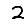
Digit: 2